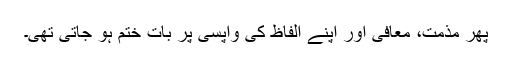
پھر مذمت، معافی اور اپنے الفاظ کی واپسی پر بات ختم ہو جاتی تھی۔